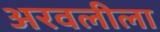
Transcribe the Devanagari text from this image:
अरवलीला